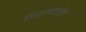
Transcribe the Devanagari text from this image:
जिंकगोएजीज़